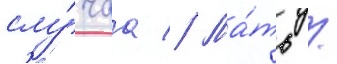
слу́чаа // Ма́ть /